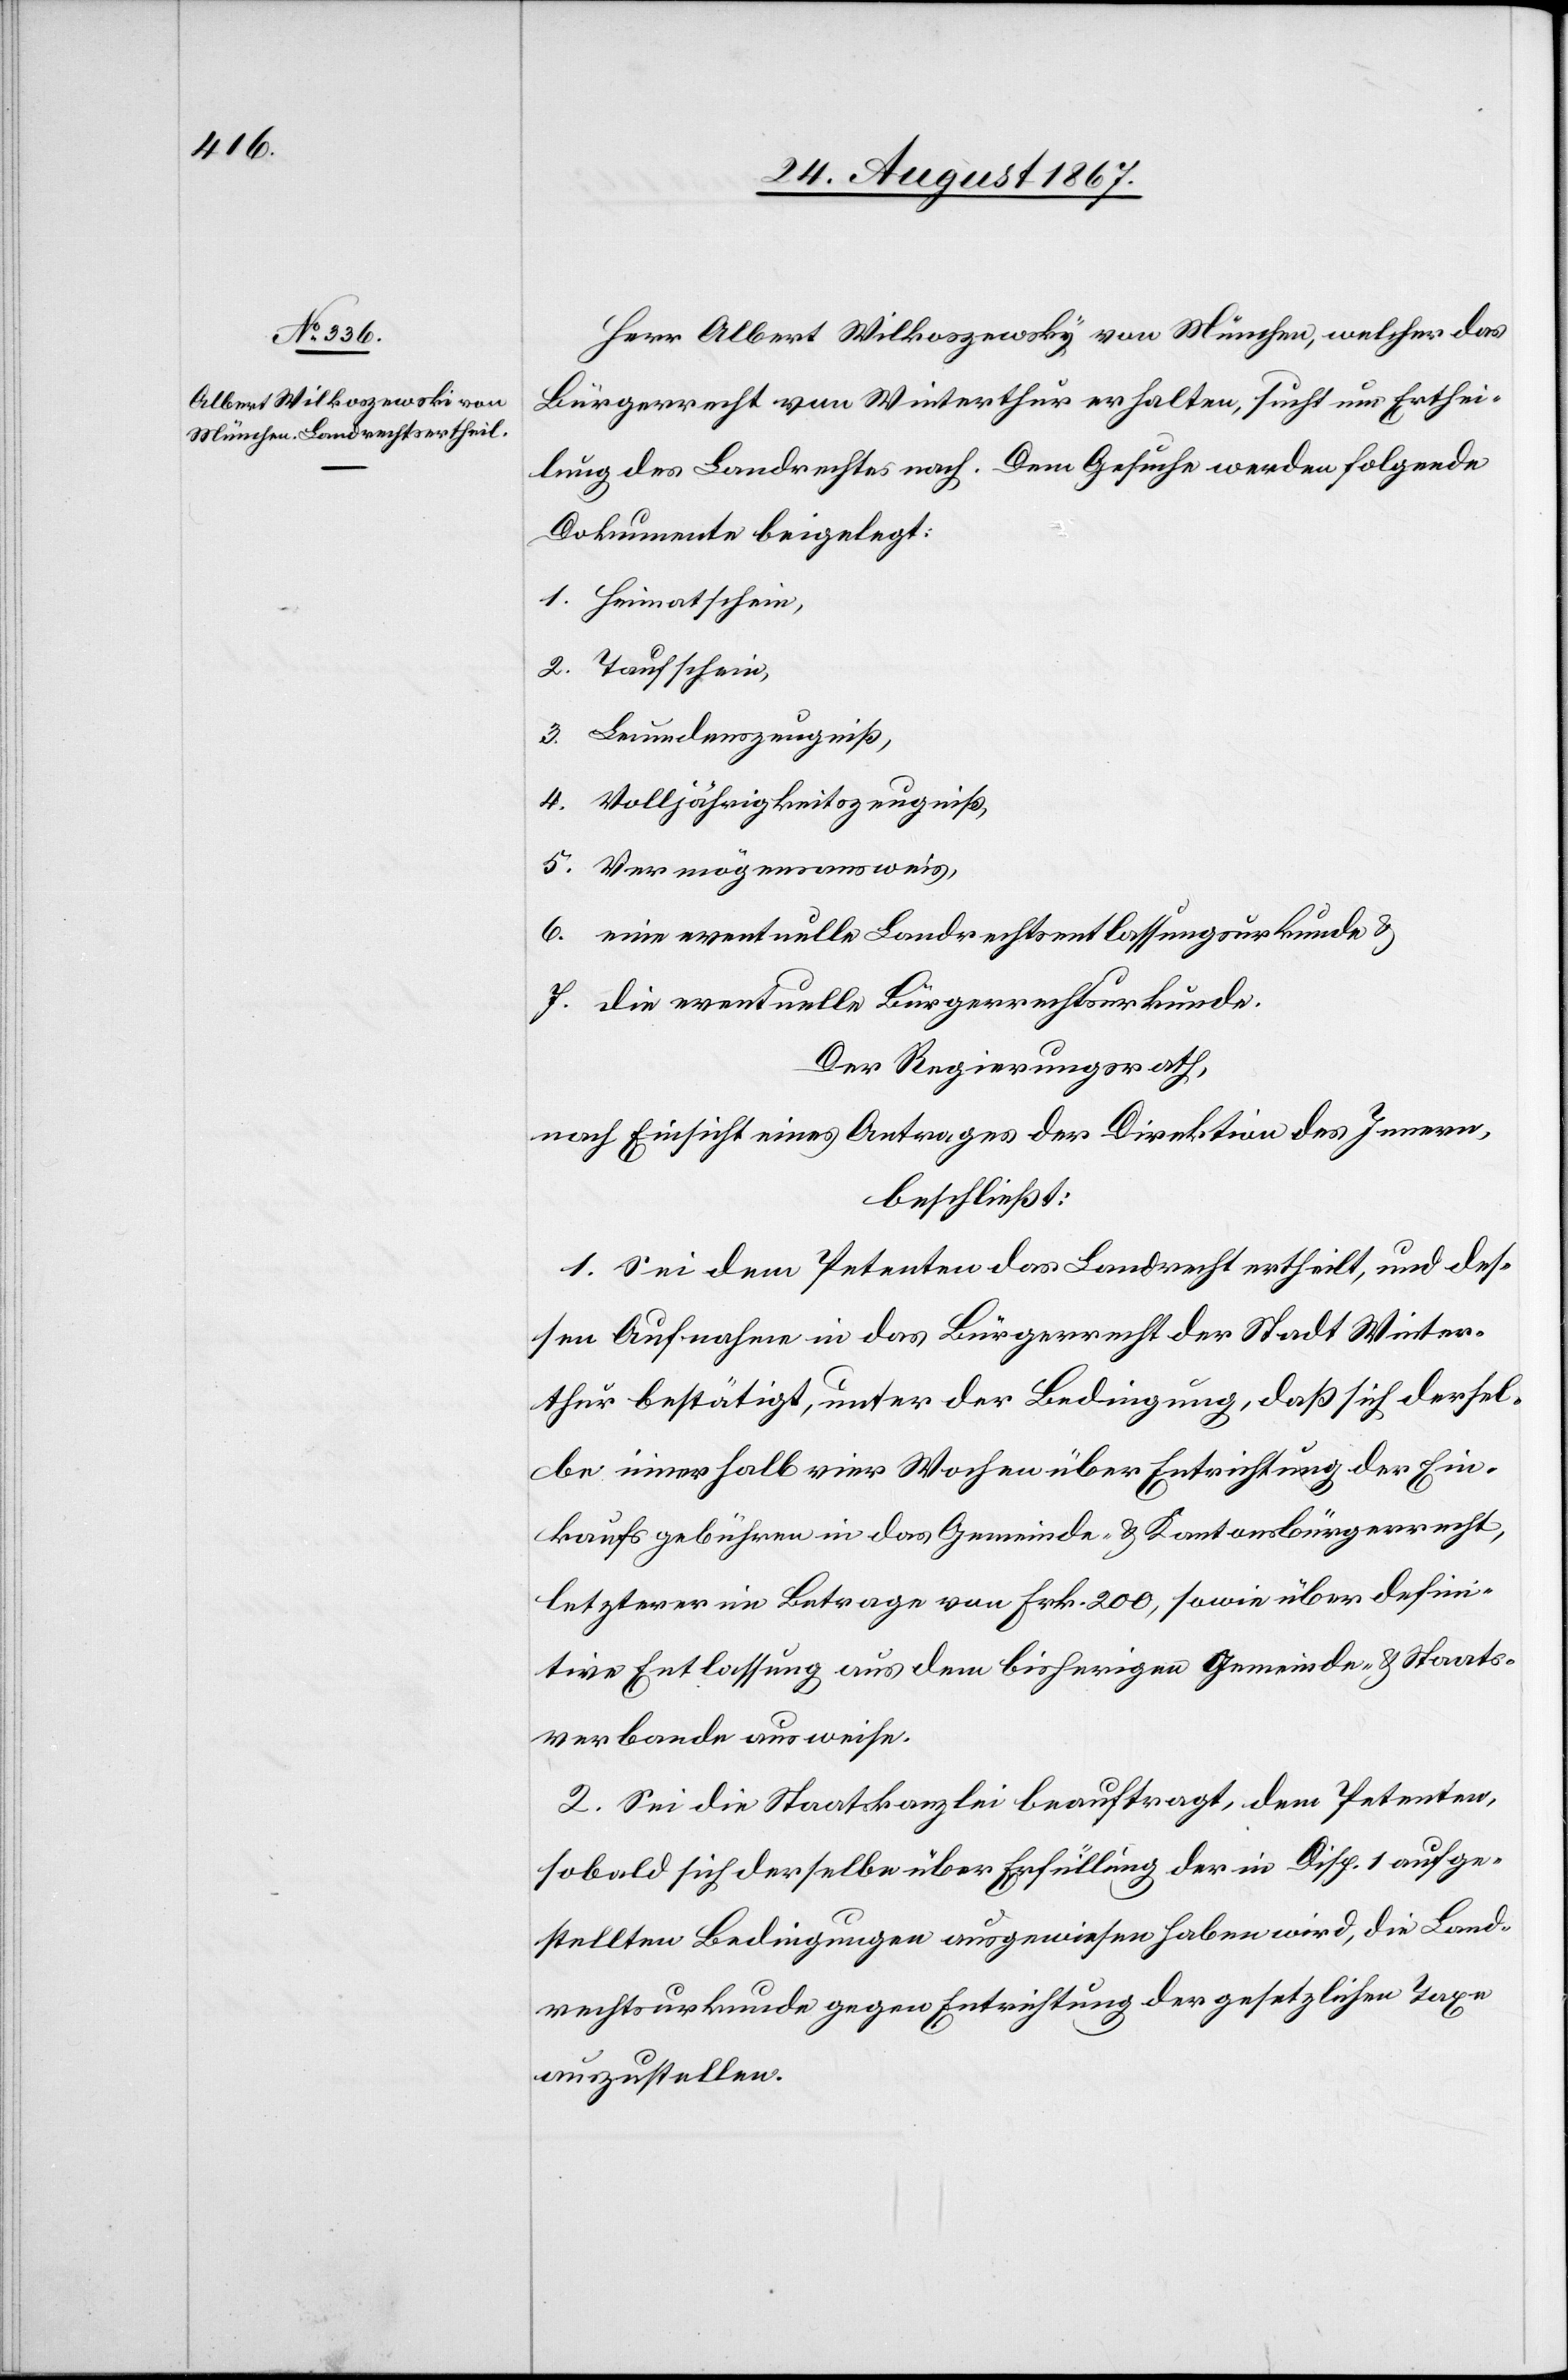
Herr Albert Wilkoszewsky [sic!] von München, welcher das
Bürgerrecht von Winterthur erhalten, sucht um Erthei¬
lung des Landrechts nach. Dem Gesuche werden folgende
Dokumente beigelegt:
1. Heimatschein,
2. Taufschein,
3. Leumdenszeugniß,
4. Volljährigkeitszeugniß,
5. Vermögensausweis,
6. ein eventuelle Landrechtsentlassungsurkunde u.
7. die eventuelle Bürgerrechtsurkunde.
Der Regierungsrath,
nach Einsicht eines Antrages der Direktion des Innern,
beschließt:
1. Sei dem Petenten das Landrecht ertheilt, und des¬
sen Aufnahme in das Bürgerrecht der Stadt Winter¬
thur bestätigt, unter der Bedingung, daß sich dersel¬
be innerhalb vier Wochen über Entrichtung der Ein¬
kaufsgebühren in das Gemeinde- u. Kantonsbürgerrecht,
letzterer im Betrage von Frk. 200, sowie über defini¬
tive Entlassung aus dem bisherigen Gemeinde- u. Staats¬
verbande ausweise.
2. Sei die Staatskanzlei beauftragt, dem Petenten,
sobald sich derselbe über Erfüllung der in Disp. 1 aufge¬
stellten Bedingungen ausgewiesen haben wird, die Land¬
rechtsurkunde gegen Entrichtung der gesetzlichen Taxe
auszustellen.